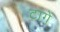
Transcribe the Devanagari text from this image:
टागें